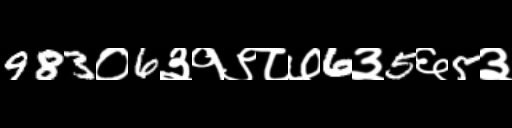
Text: 983०6३१९८७6३5६5३